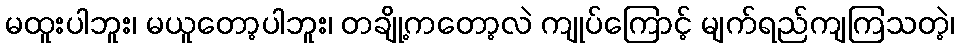
မထူးပါဘူး၊ မယူတော့ပါဘူး၊ တချို့ကတော့လဲ ကျုပ်ကြောင့် မျက်ရည်ကျကြသတဲ့၊